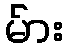
မ်ား